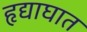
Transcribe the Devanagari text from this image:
हृद्याघात